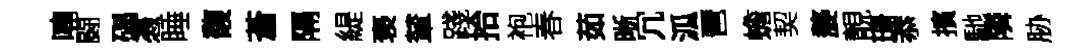
喃闘碣慿睡馥蒼隔緹褒輦踐拾袍春茹晰冗泒琶蟾契嫠靚珊忝擯馳隣胁